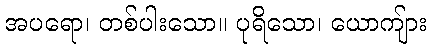
အပရော၊ တစ်ပါးသော။ ပုရိသော၊ ယောကျ်ား